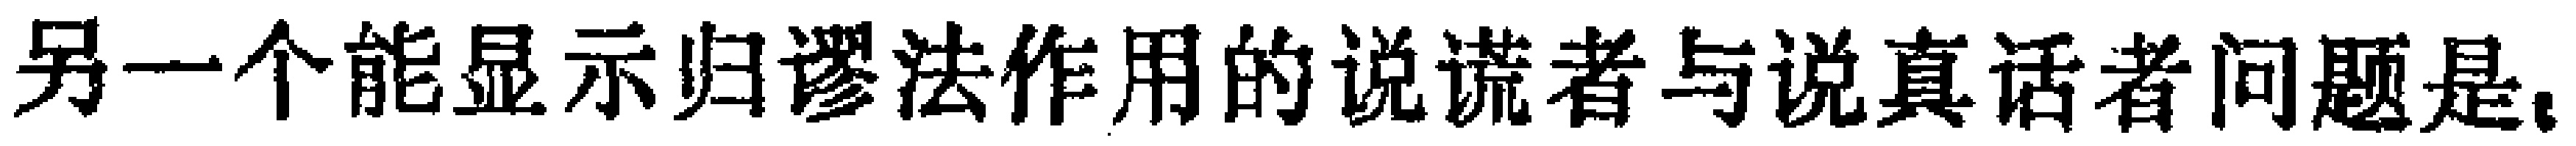
另一个能显示归谬法作用的说谎者与说真话者问题是,